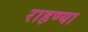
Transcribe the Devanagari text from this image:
राहण्या